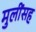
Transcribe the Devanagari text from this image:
मुलींसह